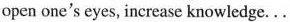
open one's eyes，increase knowledge……